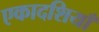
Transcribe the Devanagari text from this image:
एकादशियाँ